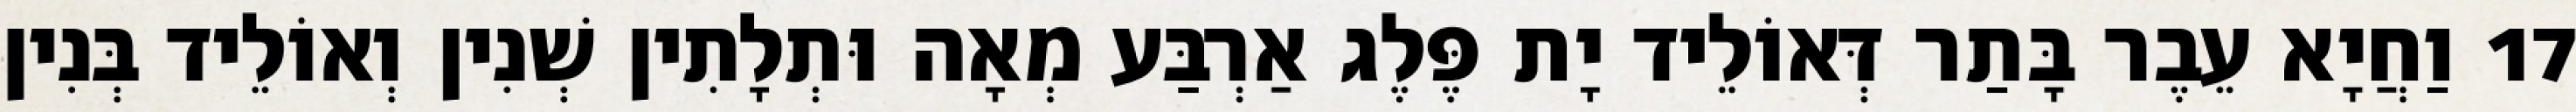
17 וַחֲיָא עֵבֶר בָּתַר דְּאוֹלֵיד יָת פֶּלֶג אַרְבַּע מְאָה וּתְלָתִין שְׁנִין וְאוֹלֵיד בְּנִין